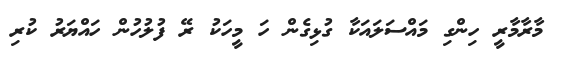
މާރާމާރީ ހިންގި މައްސަލައަކާ ގުޅިގެން ހަ މީހަކު ރޭ ފުލުހުން ހައްޔަރު ކުރި